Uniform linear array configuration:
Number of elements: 24
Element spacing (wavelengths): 0.75
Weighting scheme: binomial
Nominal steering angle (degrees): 45
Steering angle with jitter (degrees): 46.695
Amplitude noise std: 0.05
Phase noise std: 0.05

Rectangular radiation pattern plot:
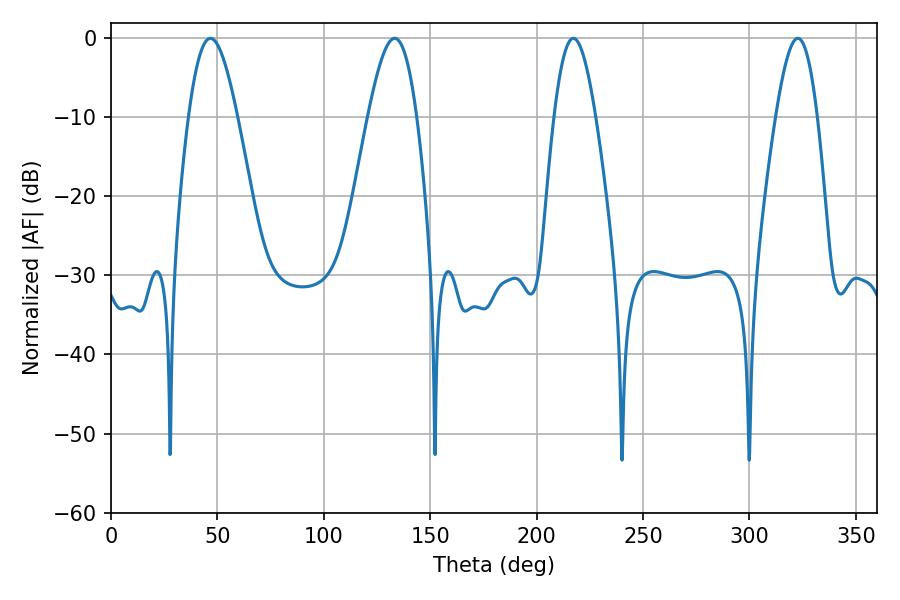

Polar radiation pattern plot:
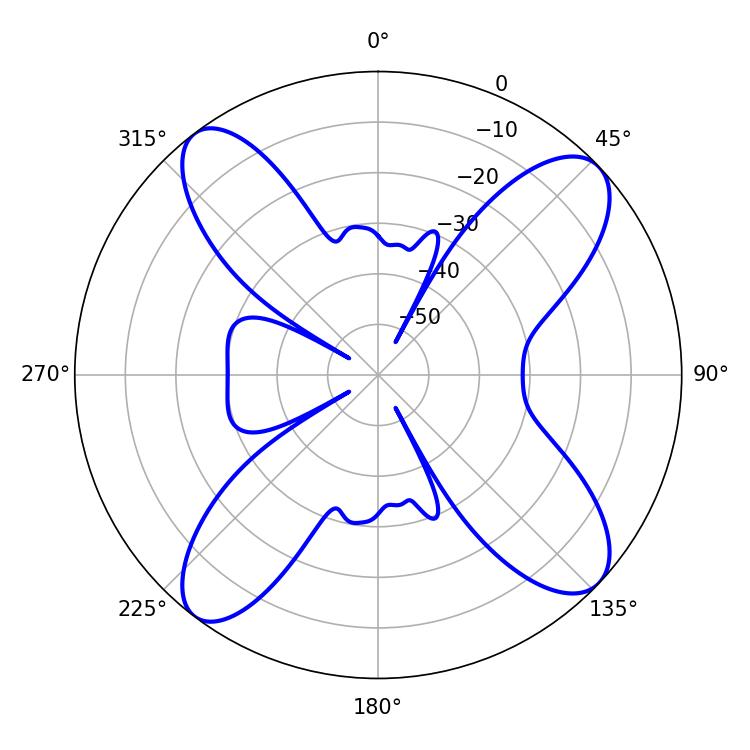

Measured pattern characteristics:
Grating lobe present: TRUE
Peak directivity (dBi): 12.976
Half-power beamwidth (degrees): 10.44
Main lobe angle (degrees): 217.26